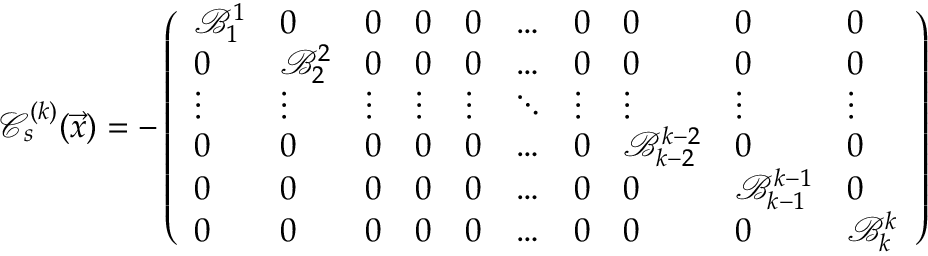
\mathcal C _ { s } ^ { ( k ) } ( \vec { x } ) = - \left( \begin{array} { l l l l l l l l l l } { \mathcal B _ { 1 } ^ { 1 } } & { 0 } & { 0 } & { 0 } & { 0 } & { \ldots } & { 0 } & { 0 } & { 0 } & { 0 } \\ { 0 } & { \mathcal B _ { 2 } ^ { 2 } } & { 0 } & { 0 } & { 0 } & { \ldots } & { 0 } & { 0 } & { 0 } & { 0 } \\ { \vdots } & { \vdots } & { \vdots } & { \vdots } & { \vdots } & { \ddots } & { \vdots } & { \vdots } & { \vdots } & { \vdots } \\ { 0 } & { 0 } & { 0 } & { 0 } & { 0 } & { \ldots } & { 0 } & { \mathcal B _ { k - 2 } ^ { k - 2 } } & { 0 } & { 0 } \\ { 0 } & { 0 } & { 0 } & { 0 } & { 0 } & { \ldots } & { 0 } & { 0 } & { \mathcal B _ { k - 1 } ^ { k - 1 } } & { 0 } \\ { 0 } & { 0 } & { 0 } & { 0 } & { 0 } & { \ldots } & { 0 } & { 0 } & { 0 } & { \mathcal B _ { k } ^ { k } } \end{array} \right)